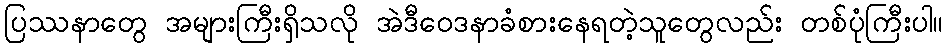
ပြဿနာတွေ အများကြီးရှိသလို အဲဒီဝေဒနာခံစားနေရတဲ့သူတွေလည်း တစ်ပုံကြီးပါ။